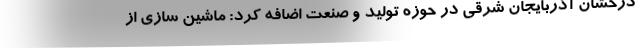
درخشان آذربایجان شرقی در حوزه تولید و صنعت اضافه کرد: ماشین سازی از